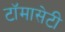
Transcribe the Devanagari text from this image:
टाॅमासेटी